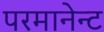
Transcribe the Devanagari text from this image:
परमानेन्ट